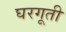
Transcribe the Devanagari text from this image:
घरगूती